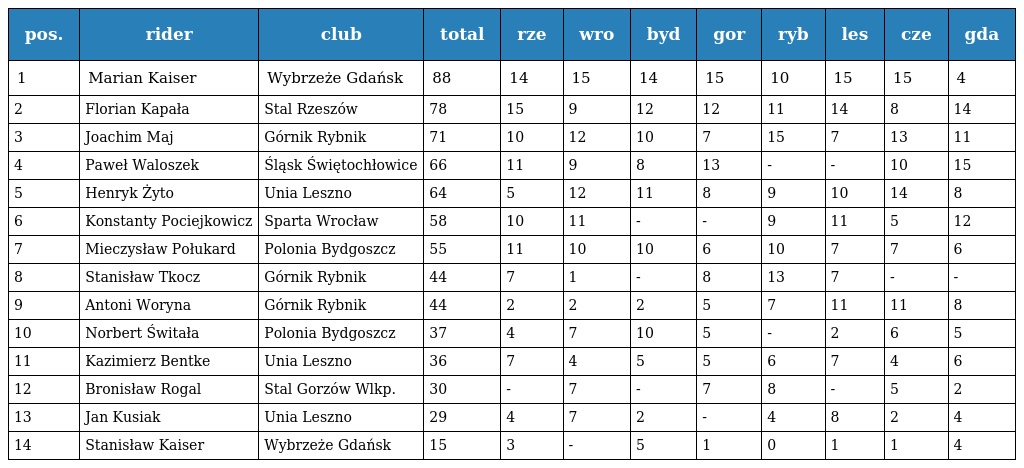
| pos. | rider | club | total | rze | wro | byd | gor | ryb | les | cze | gda |
 | --- | --- | --- | --- | --- | --- | --- | --- | --- | --- | --- | --- |
 | 1 | Marian Kaiser | Wybrzeże Gdańsk | 88 | 14 | 15 | 14 | 15 | 10 | 15 | 15 | 4 |
 | 2 | Florian Kapała | Stal Rzeszów | 78 | 15 | 9 | 12 | 12 | 11 | 14 | 8 | 14 |
 | 3 | Joachim Maj | Górnik Rybnik | 71 | 10 | 12 | 10 | 7 | 15 | 7 | 13 | 11 |
 | 4 | Paweł Waloszek | Śląsk Świętochłowice | 66 | 11 | 9 | 8 | 13 | - | - | 10 | 15 |
 | 5 | Henryk Żyto | Unia Leszno | 64 | 5 | 12 | 11 | 8 | 9 | 10 | 14 | 8 |
 | 6 | Konstanty Pociejkowicz | Sparta Wrocław | 58 | 10 | 11 | - | - | 9 | 11 | 5 | 12 |
 | 7 | Mieczysław Połukard | Polonia Bydgoszcz | 55 | 11 | 10 | 10 | 6 | 10 | 7 | 7 | 6 |
 | 8 | Stanisław Tkocz | Górnik Rybnik | 44 | 7 | 1 | - | 8 | 13 | 7 | - | - |
 | 9 | Antoni Woryna | Górnik Rybnik | 44 | 2 | 2 | 2 | 5 | 7 | 11 | 11 | 8 |
 | 10 | Norbert Świtała | Polonia Bydgoszcz | 37 | 4 | 7 | 10 | 5 | - | 2 | 6 | 5 |
 | 11 | Kazimierz Bentke | Unia Leszno | 36 | 7 | 4 | 5 | 5 | 6 | 7 | 4 | 6 |
 | 12 | Bronisław Rogal | Stal Gorzów Wlkp. | 30 | - | 7 | - | 7 | 8 | - | 5 | 2 |
 | 13 | Jan Kusiak | Unia Leszno | 29 | 4 | 7 | 2 | - | 4 | 8 | 2 | 4 |
 | 14 | Stanisław Kaiser | Wybrzeże Gdańsk | 15 | 3 | - | 5 | 1 | 0 | 1 | 1 | 4 |